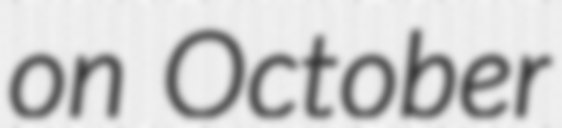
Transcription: on October